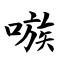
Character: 嗾